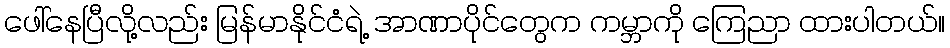
ဖေါ်နေပြီလို့လည်း မြန်မာနိုင်ငံရဲ့ အာဏာပိုင်တွေက ကမ္ဘာကို ကြေညာ ထားပါတယ်။